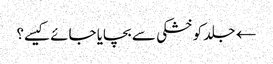
← جلد کو خشکی سے بچایا جائے کیسے؟